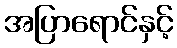
အပြာရောင်နှင့်